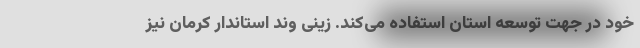
خود در جهت توسعه استان استفاده می‌کند. زینی وند استاندار کرمان نیز